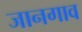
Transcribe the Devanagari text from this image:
जानगाव